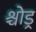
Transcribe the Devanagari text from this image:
श्चोड्र